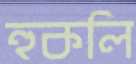
হুকলি